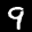
Label: 9